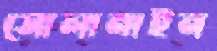
সোলানাইন